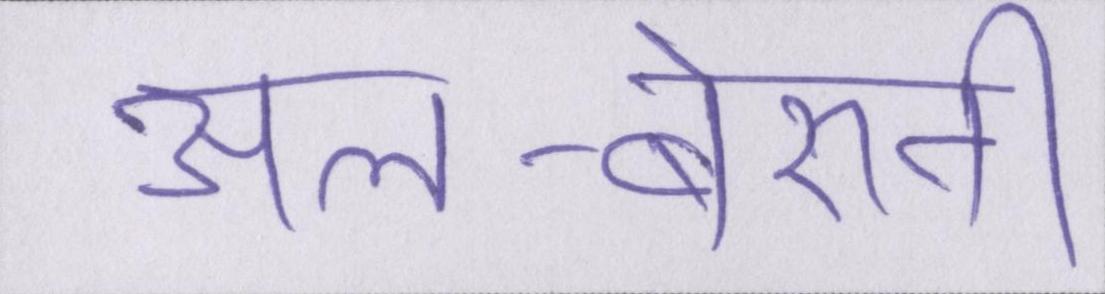
अल-बेरुनी